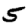
Digit: 5